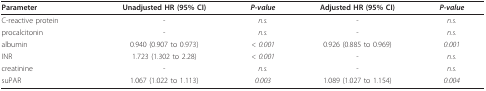
<table><thead><tr><td><b>Parameter</b></td><td><b>Unadjusted HR (95% CI)</b></td><td><b><i>P-value</i></b></td><td><b>Adjusted HR (95% CI)</b></td><td><b><i>P-value</i></b></td></tr></thead><tbody><tr><td>C-reactive protein</td><td>-</td><td><i>n.s.</i></td><td>-</td><td><i>n.s.</i></td></tr><tr><td>procalcitonin</td><td>-</td><td><i>n.s.</i></td><td>-</td><td><i>n.s.</i></td></tr><tr><td>albumin</td><td>0.940 (0.907 to 0.973)</td><td><i>&lt; 0.001</i></td><td>0.926 (0.885 to 0.969)</td><td><i>0.001</i></td></tr><tr><td>INR</td><td>1.723 (1.302 to 2.28)</td><td><i>&lt; 0.001</i></td><td>-</td><td><i>n.s.</i></td></tr><tr><td>creatinine</td><td>-</td><td><i>n.s.</i></td><td>-</td><td><i>n.s.</i></td></tr><tr><td>suPAR</td><td>1.067 (1.022 to 1.113)</td><td><i>0.003</i></td><td>1.089 (1.027 to 1.154)</td><td><i>0.004</i></td></tr></tbody></table>